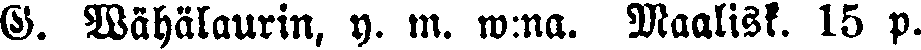
G. Wähälaurin, y. m. w:na. Maalisk. 15 p.